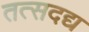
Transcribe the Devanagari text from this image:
तत्सदद्य